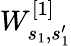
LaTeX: W_{s_{1},s_{1}^{\prime}}^{[1]}